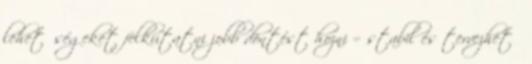
lehetőségeket felkutatni jobb döntést hozni = stabil és tervezhető